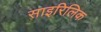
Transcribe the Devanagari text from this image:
साइरिलिक